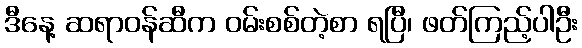
ဒီနေ့ ဆရာဝန်ဆီက ဝမ်းစစ်တဲ့စာ ရပြီ၊ ဖတ်ကြည့်ပါဦး